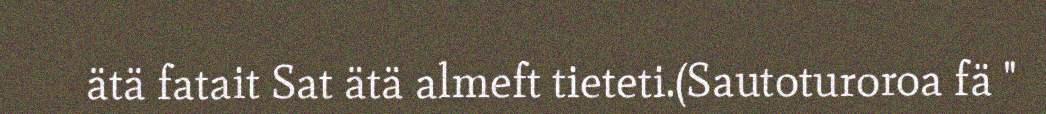
ätä fatait Sat ätä almeft tieteti.(Sautoturoroa fä "